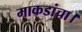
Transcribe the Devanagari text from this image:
माकडांचा।